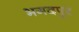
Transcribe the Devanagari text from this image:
भगदपुर